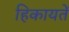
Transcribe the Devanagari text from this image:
हिकायतें